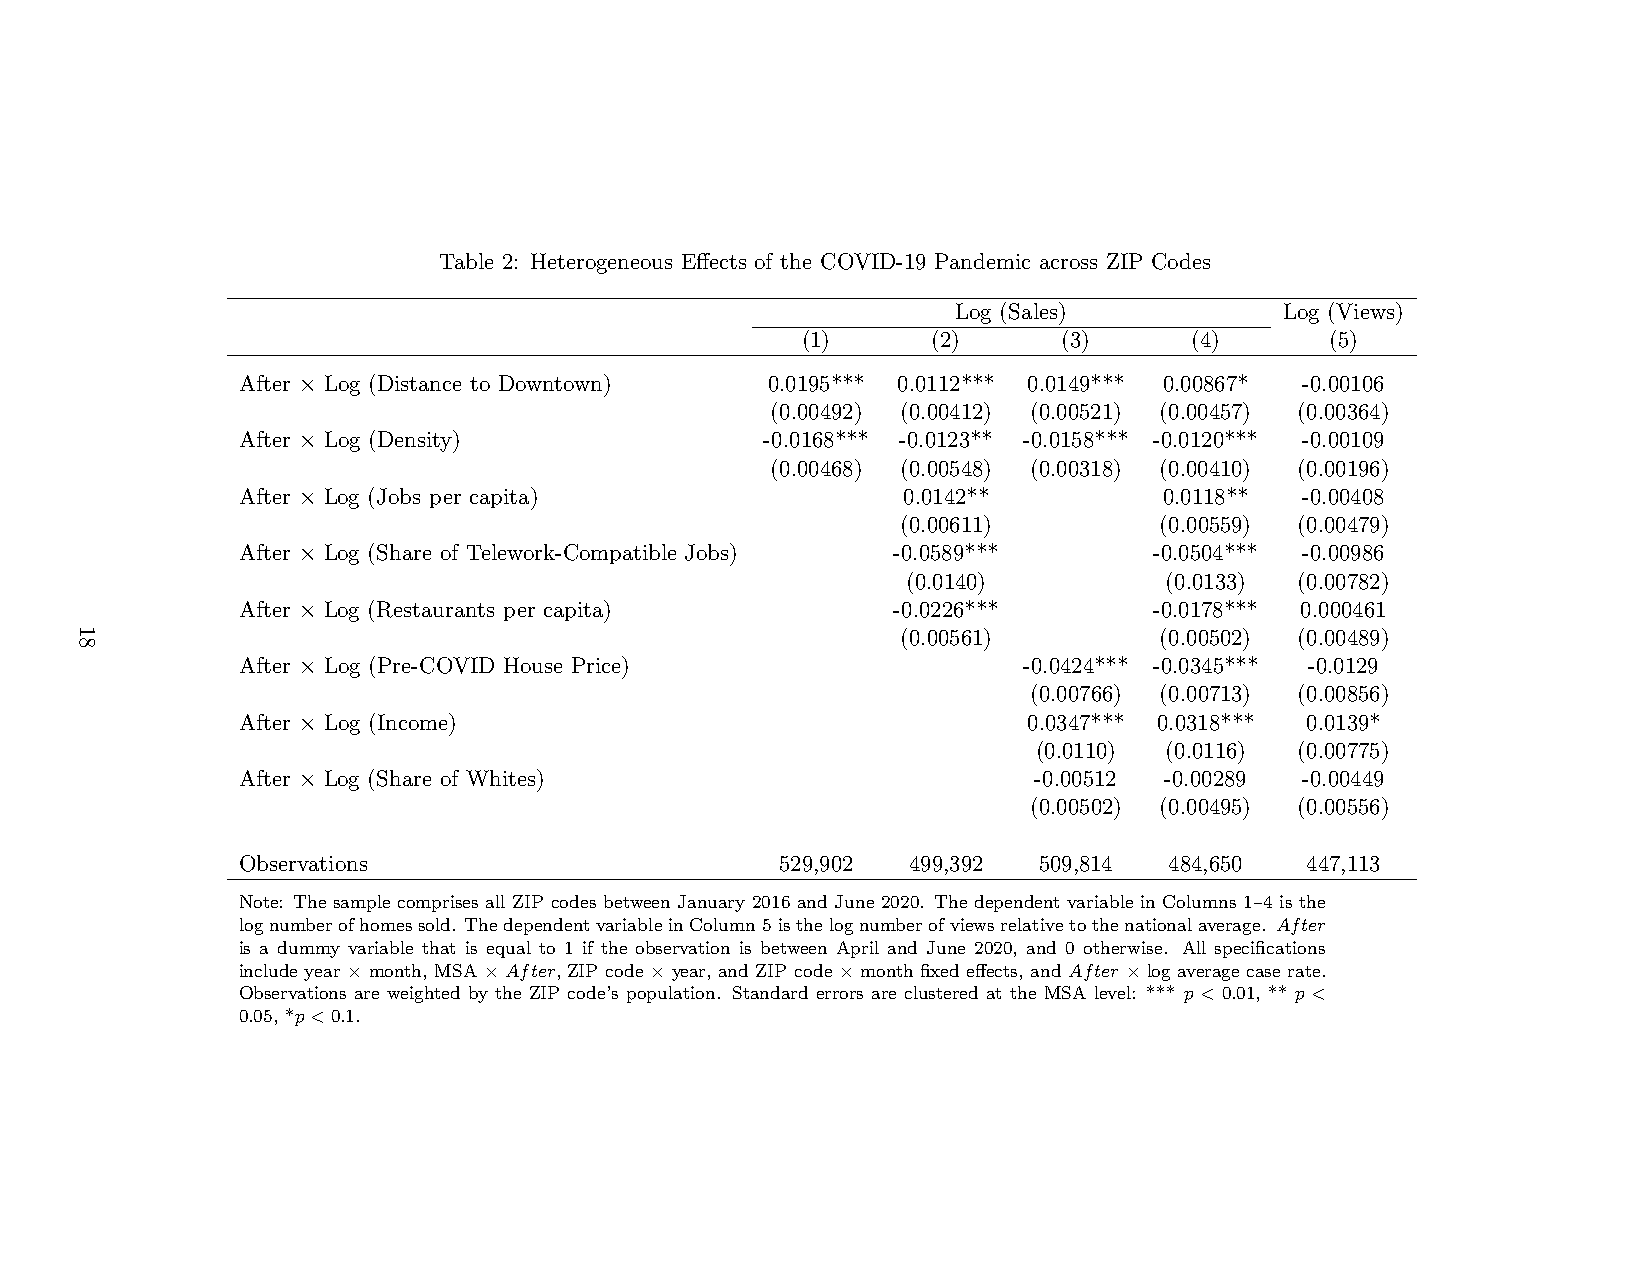
Table 2: Heterogeneous Effects of the COVID-19 Pandemic across ZIP Codes
 Log (Sales)           Log (Views)
 (1)      (2)     (3)      (4)      (5)
 After × Log (Distance to Downtown) 0.0195*** 0.0112*** 0.0149*** 0.00867* -0.00106
 (0.00492) (0.00412) (0.00521) (0.00457) (0.00364)
 After × Log (Density)              -0.0168*** -0.0123** -0.0158*** -0.0120*** -0.00109
 (0.00468) (0.00548) (0.00318) (0.00410) (0.00196)
 After × Log (Jobs per capita)               0.0142**         0.0118** -0.00408
 (0.00611)        (0.00559) (0.00479)
 After × Log (Share of Telework-Compatible Jobs) -0.0589***  -0.0504*** -0.00986
 (0.0140)         (0.0133) (0.00782)
 After × Log (Restaurants per capita)       -0.0226***       -0.0178*** 0.000461
 (0.00561)        (0.00502) (0.00489)
 After × Log (Pre-COVID House Price)                 -0.0424*** -0.0345*** -0.0129
 (0.00766) (0.00713) (0.00856)
 After × Log (Income)                                0.0347*** 0.0318*** 0.0139*
 (0.0110) (0.0116) (0.00775)
 After × Log (Share of Whites)                       -0.00512 -0.00289 -0.00449
 (0.00502) (0.00495) (0.00556)
 Observations                        529,902 499,392  509,814 484,650  447,113
 Note: The sample comprises all ZIP codes between January 2016 and June 2020. The dependent variable in Columns 1–4 is the
 lognumberofhomessold. ThedependentvariableinColumn5isthelognumberofviewsrelativetothenationalaverage. After
 is a dummy variable that is equal to 1 if the observation is between April and June 2020, and 0 otherwise. All specifications
 include year × month, MSA × After, ZIP code × year, and ZIP code × month fixed effects, and After × log average case rate.
 Observations are weighted by the ZIP code’s population. Standard errors are clustered at the MSA level: *** p < 0.01, ** p <
 0.05, *p< 0.1.
 18